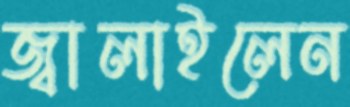
জ্বালাইলেন